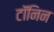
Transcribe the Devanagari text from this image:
टॉंनिन